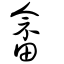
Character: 畲